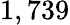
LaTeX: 1,739